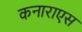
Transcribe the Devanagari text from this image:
कनाराएस